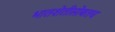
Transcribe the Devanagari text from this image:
भातशेतीसोबतच